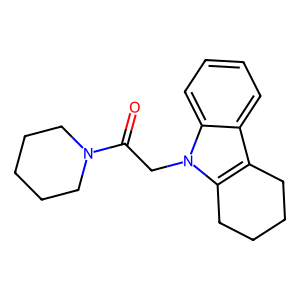
SMILES: O=C(Cn1c2c(c3ccccc31)CCCC2)N1CCCCC1
Inhibits HIV replication: No